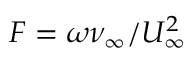
F = \omega \nu _ { \infty } / U _ { \infty } ^ { 2 }